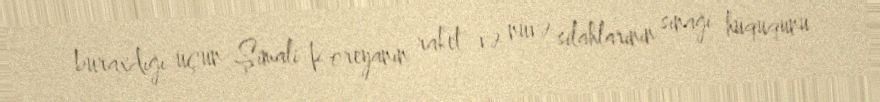
buraxdığı üçün Şimali Koreyanın raket və nüvə silahlarının sınağı hüququnu